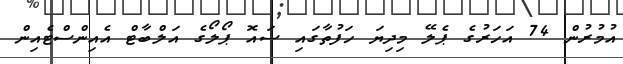
އުމުރުން 74 އަހަރުގެ ޕެލޭ މިދިޔަ ހަފުތާގައި ސައޮ ޕޯލޯގެ އަލްބާޓް އެއިންސްޓެއިން